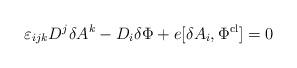
LaTeX: \begin{align*}\varepsilon_{ijk}D^{j}\delta A^{k} - D_{i}\delta\Phi + e [\delta A_{i}, \Phi^{{\rm cl}}] = 0 \end{align*}